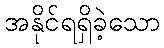
အနိုင်ရရှိခဲ့သော